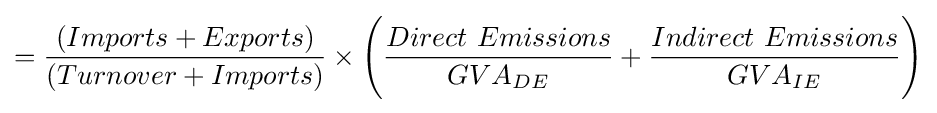
={(Imports+Exports) \over (Turnover+Imports)}\times {\Biggl (}{Direct\ Emissions \over {GVA}_{DE}}+{Indirect\ Emissions \over {GVA}_{IE}}{\Biggr )}